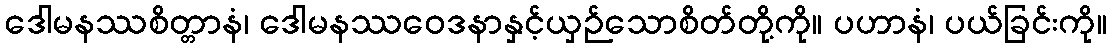
ဒေါမနဿစိတ္တာနံ၊ ဒေါမနဿဝေဒနာနှင့်ယှဉ်သောစိတ်တို့ကို။ ပဟာနံ၊ ပယ်ခြင်းကို။